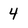
Character: 4